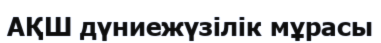
АҚШ дүниежүзілік мұрасы